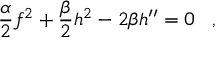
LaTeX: { \frac { \alpha } { 2 } } f ^ { 2 } + { \frac { \beta } { 2 } } h ^ { 2 } - 2 \beta h ^ { \prime \prime } = 0 \; \; \; ,